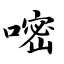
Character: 嘧